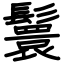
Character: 鬟